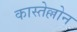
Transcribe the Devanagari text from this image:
कास्तेल्लोन